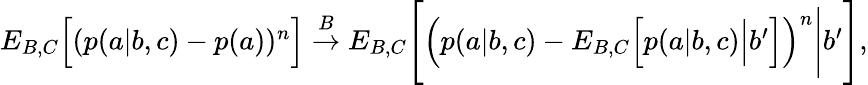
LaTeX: \begin{array}{r}{{E}_{B,C}\Big[(p(a|b,c)-p(a))^{n}\Big]\stackrel{B}{\rightarrow}{E}_{B,C}\Bigg[\Big(p(a|b,c)-{E}_{B,C}\Big[p(a|b,c)\Big|b^{\prime}\Big]\Big)^{n}\Bigg|b^{\prime}\Bigg],}\end{array}